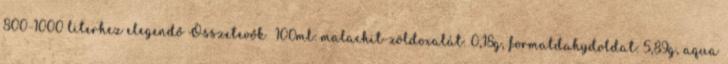
800-1000 literhez elegendő Összetevők 100ml: malachit-zöldoxalát: 0,18g, formaldahydoldat: 5,89g, aqua